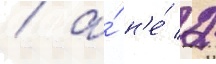
/ а́ н'е́ 2